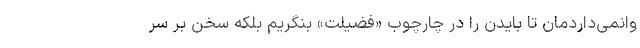
وانمی‌داردمان تا بایدن را در چارچوب «فضیلت» بنگریم بلکه سخن بر سر